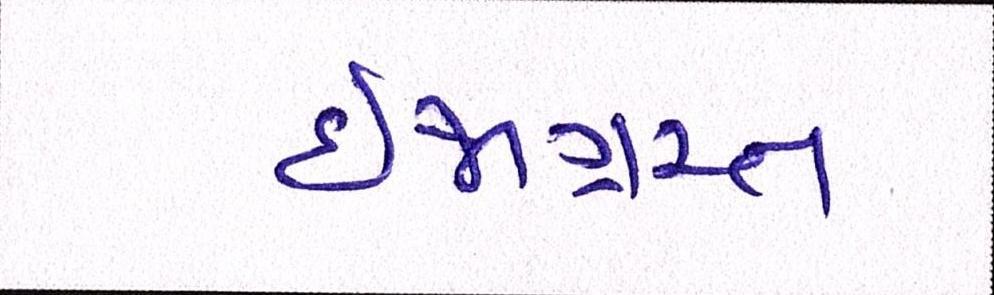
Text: ઈજાગ્રસ્ત